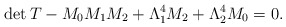
\begin{align*}\mathrm{det}\,T-M_{0}M_{1}M_{2}+\Lambda _{1}^{4}M_{2}+\Lambda _{2}^{4}M_{0}=0.\end{align*}